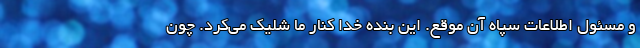
و مسئول اطلاعات سپاه آن موقع. این بنده خدا کنار ما شلیک می‌کرد. چون